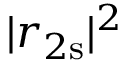
| r _ { 2 \mathrm s } | ^ { 2 }